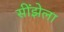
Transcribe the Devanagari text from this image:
सींझेला